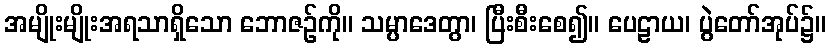
အမျိုးမျိုးအရသာရှိသော ဘောဇဉ်ကို။ သမ္ပာဒေတွာ၊ ပြီးစီးစေ၍။ ပေဠာယ၊ ပွဲတော်အုပ်၌။